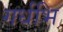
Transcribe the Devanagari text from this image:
गर्धभि